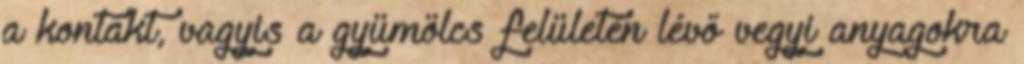
a kontakt, vagyis a gyümölcs felületén lévő vegyi anyagokra